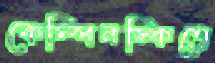
কেম্পিনস্কিতে